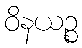
ဝိနယဉ္စ